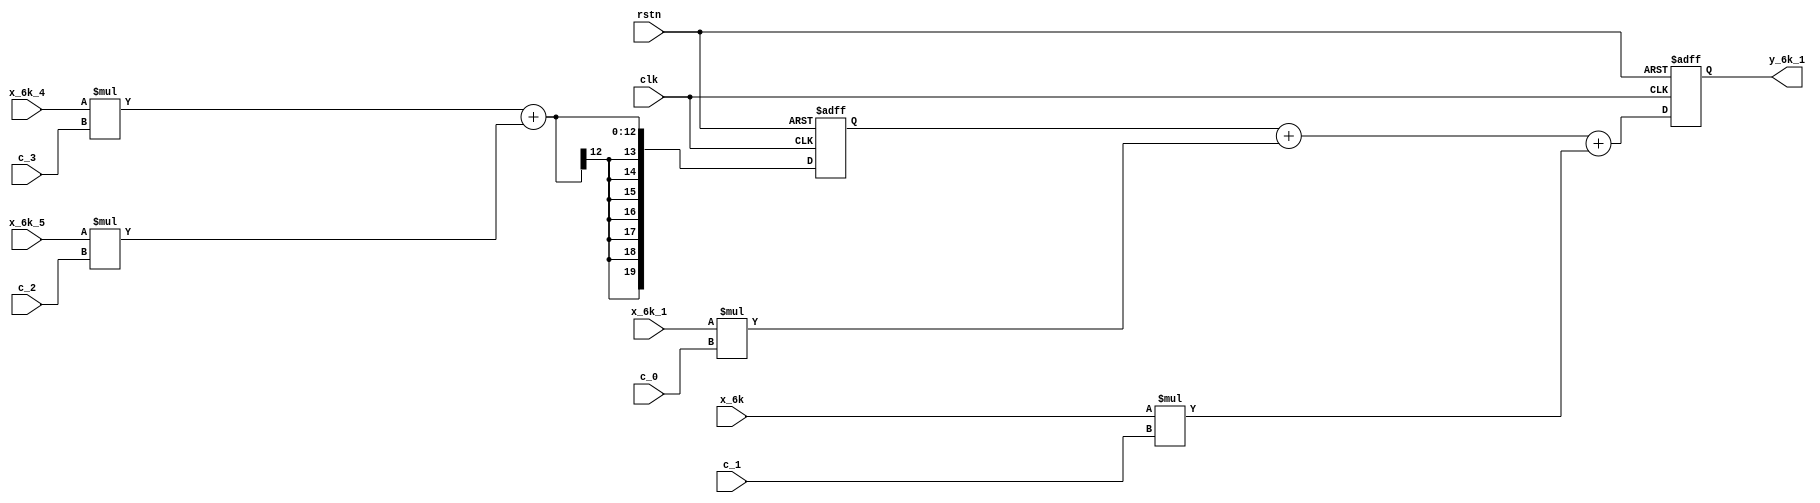
module y_6k_1 
#
( 
    parameter w_in = 7,//
    parameter y_out = 20,//
    parameter c_in = 5//
)
(
    input clk,
    input rstn,
    input  signed [w_in-1:0] x_6k,
    input  signed [w_in-1:0] x_6k_5,
    input  signed [w_in-1:0] x_6k_4,
    input  signed [w_in-1:0] x_6k_1,
    input  signed [c_in-1:0] c_0,
    input  signed [c_in-1:0] c_1,
    input  signed [c_in-1:0] c_2,
    input  signed [c_in-1:0] c_3,    
    output signed [y_out-1:0] y_6k_1
);
    parameter w_muti_y = 20;//
    parameter w_add_y = 25;//

    wire signed [w_muti_y-1:0] muti_3;
    wire signed [w_muti_y-1:0] muti_2;
    wire signed [w_muti_y-1:0] muti_1;
    wire signed [w_muti_y-1:0] muti_0;

    assign muti_3 = x_6k_4 * c_3;
    assign muti_2 = x_6k_5 * c_2;
    assign muti_1 = x_6k * c_1;
    assign muti_0 = x_6k_1 * c_0;

    // wire [w_add_y-1:0] add_2;
    // assign add_2 = muti_3 + muti_2;

    reg signed [w_add_y-1:0] add_2;
    always @(*) begin
        add_2 <= muti_3 + muti_2;
    end    

    reg signed [w_add_y-1:0] add_2_reg; 
    always @(posedge clk or negedge rstn) begin
        if(rstn == 1'b0)
            add_2_reg<= 0;
        else add_2_reg <= add_2;
    end

    // wire [y_out-1:0] add_0;
    // assign add_0 = add_2_reg + muti_0 + muti_1;

    reg signed [y_out-1:0] add_0;
    always @(*) begin
        add_0 <= add_2_reg + muti_0 + muti_1;
    end

    reg signed [y_out-1:0] out_data; 
    always @(posedge clk or negedge rstn) begin
        if(rstn == 1'b0)
            out_data<= 0;
        else out_data <= add_0;
    end
    assign y_6k_1 = out_data;

endmodule //y_6k_1